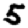
Digit: 5